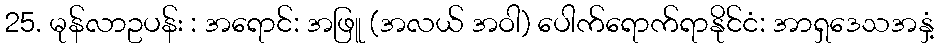
25. မုန်လာဥပန်း : အရောင်: အဖြူ (အလယ် အဝါ) ပေါက်ရောက်ရာနိုင်ငံ: အာရှဒေသအနှံ့